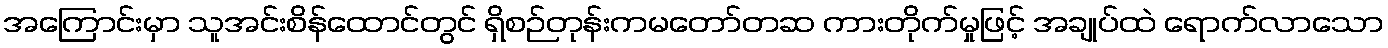
အကြောင်းမှာ သူအင်းစိန်ထောင်တွင် ရှိစဉ်တုန်းကမတော်တဆ ကားတိုက်မှုဖြင့် အချုပ်ထဲ ရောက်လာသော